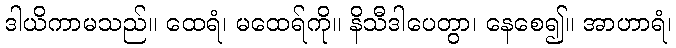
ဒါယိကာမသည်။ ထေရံ၊ မထေရ်ကို။ နိသီဒါပေတွာ၊ နေစေ၍။ အာဟာရံ၊